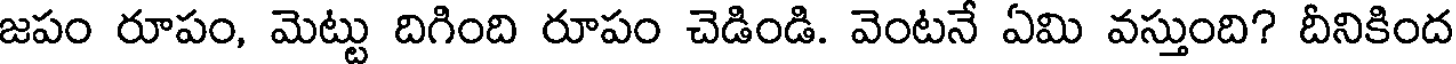
జపం రూపం, మెట్టు దిగింది రూపం చెడిండి. వెంటనే ఏమి వస్తుంది? దీనికింద